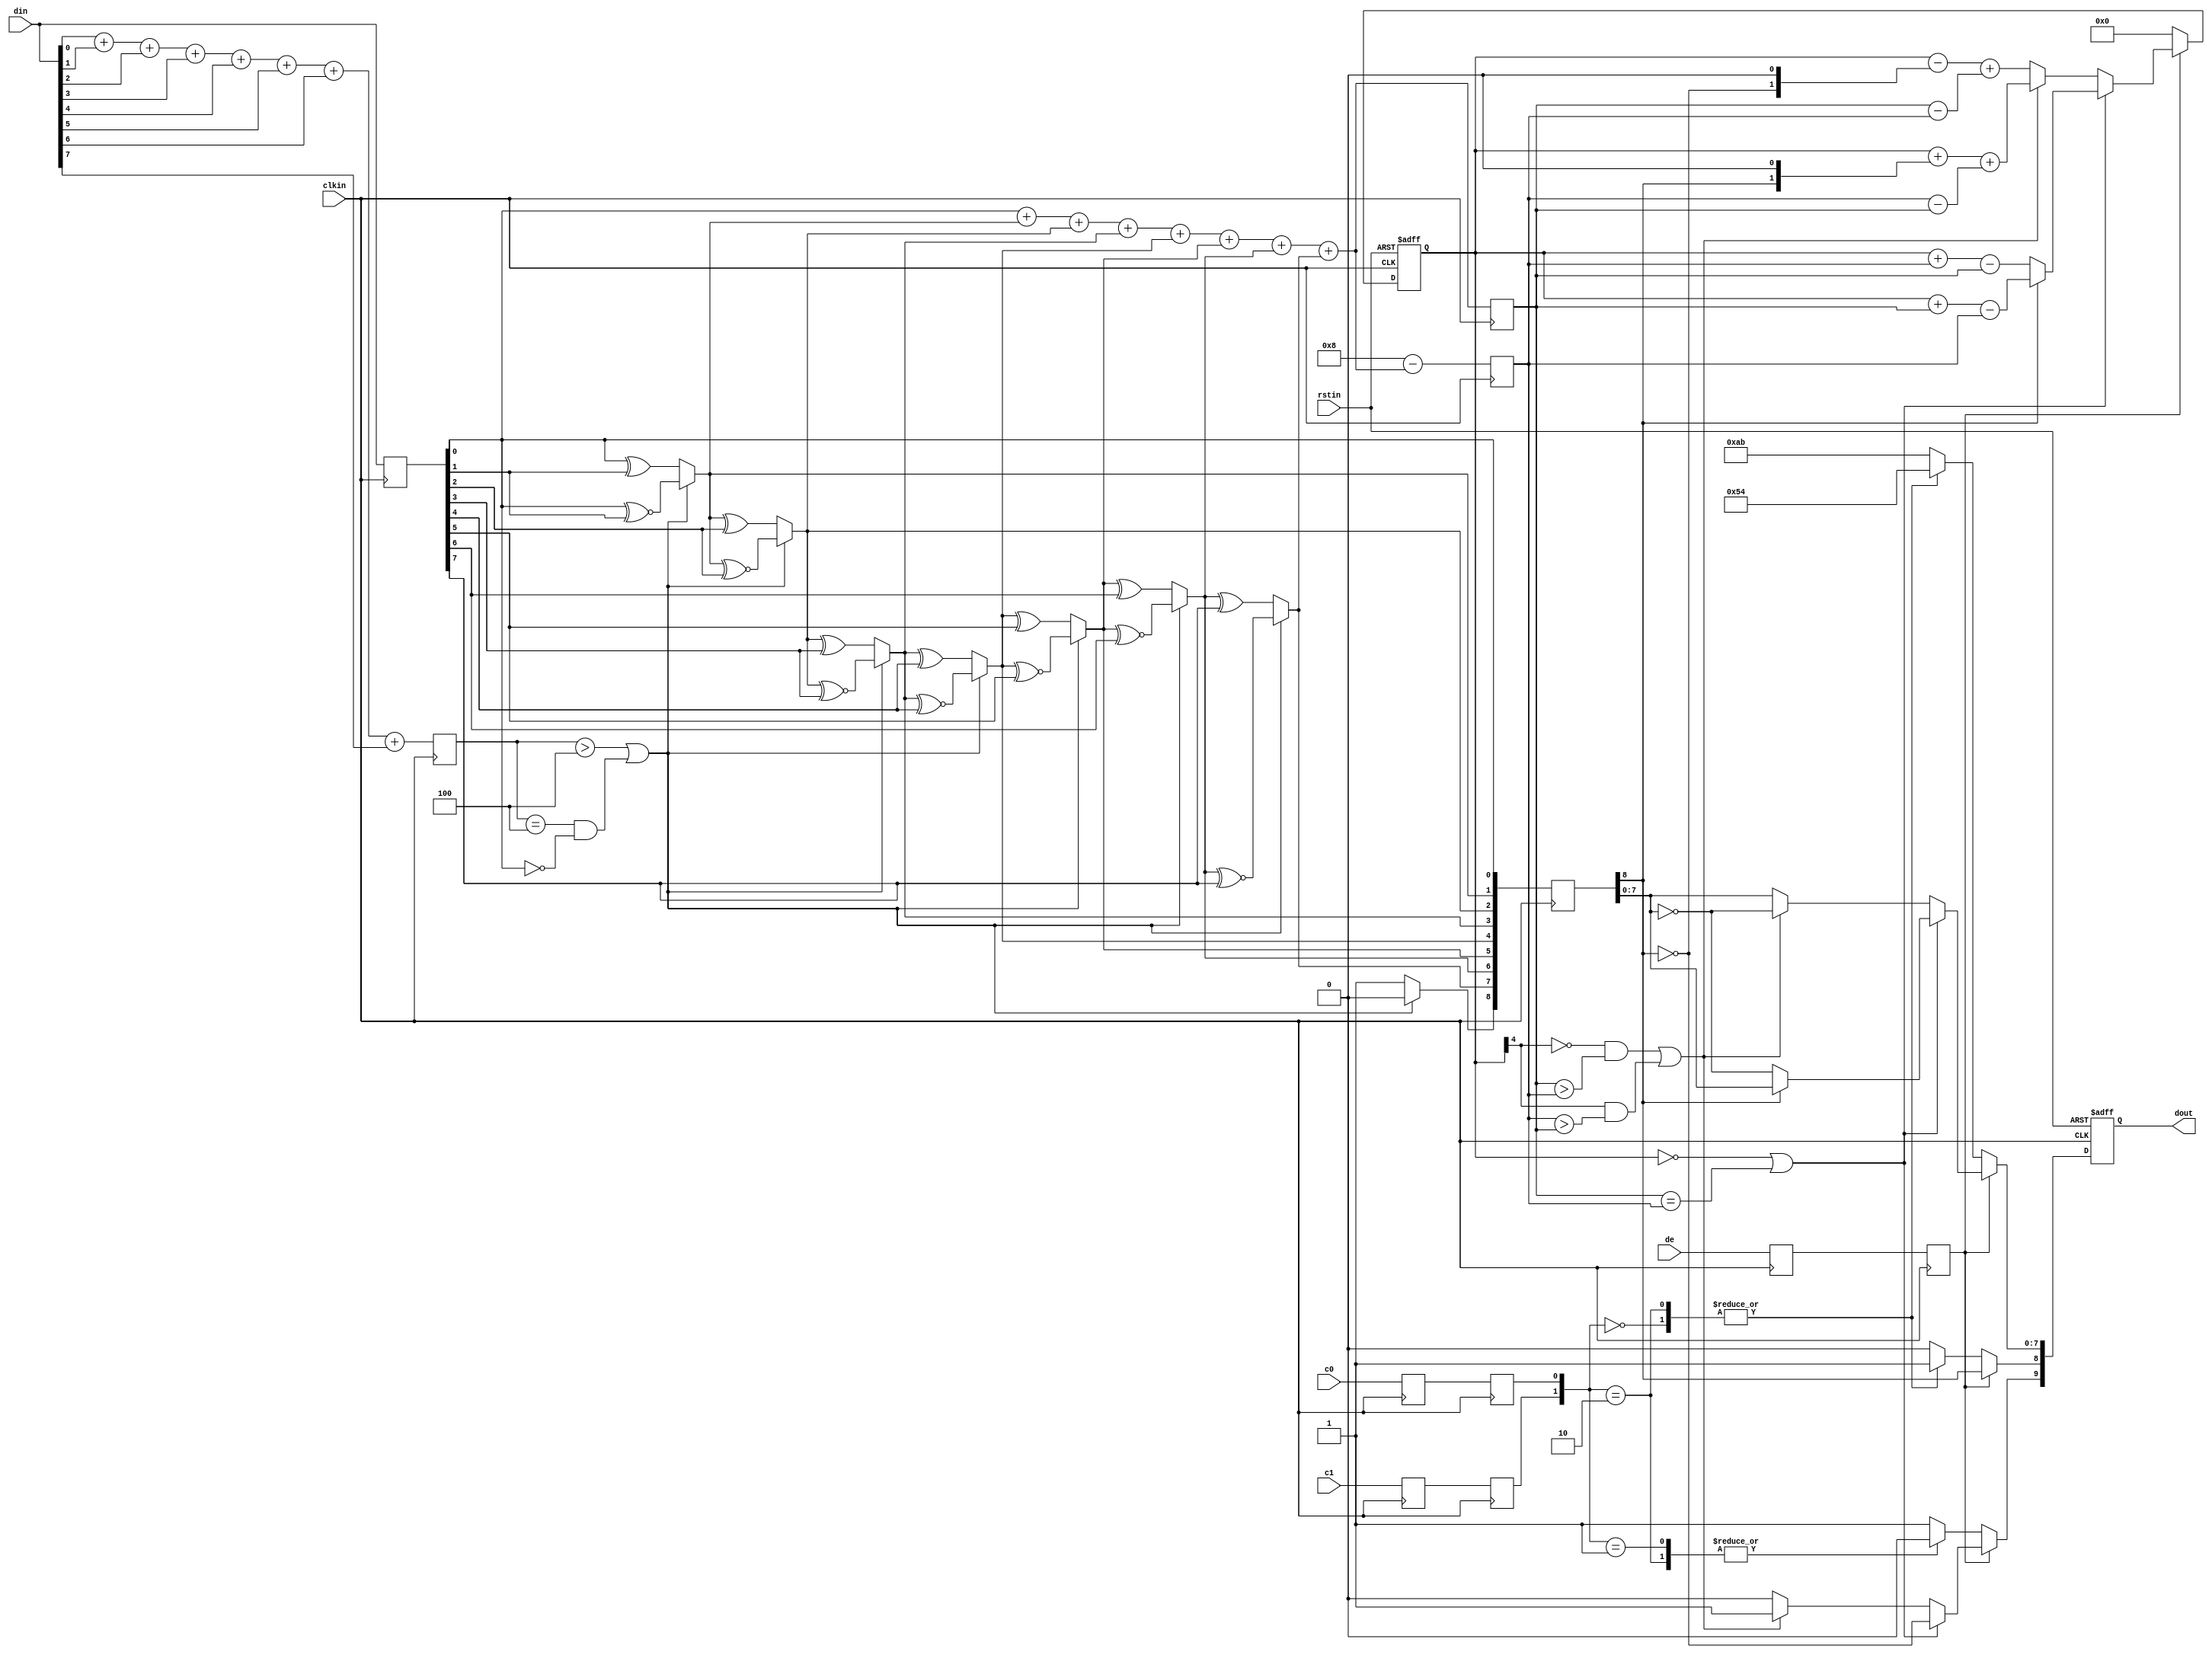
`timescale 1ns / 1ps
//////////////////////////////////////////////////////////////////////////////////
// Company: 
// Engineer: 
// 
// Design Name: 
// Module Name: dvi_encoder
// Project Name: 
// Target Devices: 
// Tool Versions: 
// Description: 
// 
// Dependencies: 
// 
// Revision:
// Revision 0.01 - File Created
// Additional Comments:
// 
//////////////////////////////////////////////////////////////////////////////////

module dvi_encoder (
  input            clkin,    // pixel clock input
  input            rstin,    // async. reset input (active high)
  input      [7:0] din,      // data inputs: expect registered
  input            c0,       // c0 input
  input            c1,       // c1 input
  input            de,       // de input
  output reg [9:0] dout      // data outputs
);

  ////////////////////////////////////////////////////////////
  // Counting number of 1s and 0s for each incoming pixel
  // component. Pipe line the result.
  // Register Data Input so it matches the pipe lined adder
  // output
  ////////////////////////////////////////////////////////////
  reg [3:0] n1d; //number of 1s in din
  reg [7:0] din_q;

//              1      
  always @ (posedge clkin) begin
    n1d <=#1 din[0] + din[1] + din[2] + din[3] + din[4] + din[5] + din[6] + din[7];

    din_q <=#1 din;
  end

  ///////////////////////////////////////////////////////
  // Stage 1: 8 bit -> 9 bit
  // Refer to DVI 1.0 Specification, page 29, Figure 3-5
  ///////////////////////////////////////////////////////
  wire decision1;

  assign decision1 = (n1d > 4'h4) | ((n1d == 4'h4) & (din_q[0] == 1'b0));

  wire [8:0] q_m;
  assign q_m[0] = din_q[0];
  assign q_m[1] = (decision1) ? (q_m[0] ^~ din_q[1]) : (q_m[0] ^ din_q[1]);
  assign q_m[2] = (decision1) ? (q_m[1] ^~ din_q[2]) : (q_m[1] ^ din_q[2]);
  assign q_m[3] = (decision1) ? (q_m[2] ^~ din_q[3]) : (q_m[2] ^ din_q[3]);
  assign q_m[4] = (decision1) ? (q_m[3] ^~ din_q[4]) : (q_m[3] ^ din_q[4]);
  assign q_m[5] = (decision1) ? (q_m[4] ^~ din_q[5]) : (q_m[4] ^ din_q[5]);
  assign q_m[6] = (decision1) ? (q_m[5] ^~ din_q[6]) : (q_m[5] ^ din_q[6]);
  assign q_m[7] = (decision1) ? (q_m[6] ^~ din_q[7]) : (q_m[6] ^ din_q[7]);
  assign q_m[8] = (decision1) ? 1'b0 : 1'b1;

  /////////////////////////////////////////////////////////
  // Stage 2: 9 bit -> 10 bit
  // Refer to DVI 1.0 Specification, page 29, Figure 3-5
  /////////////////////////////////////////////////////////
  reg [3:0] n1q_m, n0q_m; // number of 1s and 0s for q_m
  always @ (posedge clkin) begin
    n1q_m  <=#1 q_m[0] + q_m[1] + q_m[2] + q_m[3] + q_m[4] + q_m[5] + q_m[6] + q_m[7];
    n0q_m  <=#1 4'h8 - (q_m[0] + q_m[1] + q_m[2] + q_m[3] + q_m[4] + q_m[5] + q_m[6] + q_m[7]);
  end

  parameter CTRLTOKEN0 = 10'b1101010100;
  parameter CTRLTOKEN1 = 10'b0010101011;
  parameter CTRLTOKEN2 = 10'b0101010100;
  parameter CTRLTOKEN3 = 10'b1010101011;

  reg [4:0] cnt; //disparity counter, MSB is the sign bit
  wire decision2, decision3;

  assign decision2 = (cnt == 5'h0) | (n1q_m == n0q_m);
  /////////////////////////////////////////////////////////////////////////
  // [(cnt > 0) and (N1q_m > N0q_m)] or [(cnt < 0) and (N0q_m > N1q_m)]
  /////////////////////////////////////////////////////////////////////////
  assign decision3 = (~cnt[4] & (n1q_m > n0q_m)) | (cnt[4] & (n0q_m > n1q_m));

  ////////////////////////////////////
  // pipe line alignment
  ////////////////////////////////////
  reg       de_q, de_reg;
  reg       c0_q, c1_q;
  reg       c0_reg, c1_reg;
  reg [8:0] q_m_reg;

  always @ (posedge clkin) begin
    de_q    <=#1 de;
    de_reg  <=#1 de_q;
    
    c0_q    <=#1 c0;
    c0_reg  <=#1 c0_q;
    c1_q    <=#1 c1;
    c1_reg  <=#1 c1_q;

    q_m_reg <=#1 q_m;
  end

  ///////////////////////////////
  // 10-bit out
  // disparity counter
  ///////////////////////////////
  always @ (posedge clkin or posedge rstin) begin
    if(rstin) begin
      dout <= 10'h0;
      cnt <= 5'h0;
    end else begin
      if (de_reg) begin
        if(decision2) begin
          dout[9]   <=#1 ~q_m_reg[8]; 
          dout[8]   <=#1 q_m_reg[8]; 
          dout[7:0] <=#1 (q_m_reg[8]) ? q_m_reg[7:0] : ~q_m_reg[7:0];

          cnt <=#1 (~q_m_reg[8]) ? (cnt + n0q_m - n1q_m) : (cnt + n1q_m - n0q_m);
        end else begin
          if(decision3) begin
            dout[9]   <=#1 1'b1;
            dout[8]   <=#1 q_m_reg[8];
            dout[7:0] <=#1 ~q_m_reg[7:0];

            cnt <=#1 cnt + {q_m_reg[8], 1'b0} + (n0q_m - n1q_m);
          end else begin
            dout[9]   <=#1 1'b0;
            dout[8]   <=#1 q_m_reg[8];
            dout[7:0] <=#1 q_m_reg[7:0];

            cnt <=#1 cnt - {~q_m_reg[8], 1'b0} + (n1q_m - n0q_m);
          end
        end
      end else begin
        case ({c1_reg, c0_reg})
          2'b00:   dout <=#1 CTRLTOKEN0;
          2'b01:   dout <=#1 CTRLTOKEN1;
          2'b10:   dout <=#1 CTRLTOKEN2;
          default: dout <=#1 CTRLTOKEN3;
        endcase

        cnt <=#1 5'h0;
      end
    end
  end
  
endmodule